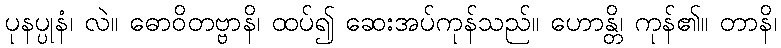
ပုနပ္ပုနံ၊ လဲ။ ဓောဝိတဗ္ဗာနိ၊ ထပ်၍ ဆေးအပ်ကုန်သည်။ ဟောန္တိ၊ ကုန်၏။ တာနိ၊